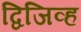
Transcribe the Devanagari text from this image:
द्विजिव्ह